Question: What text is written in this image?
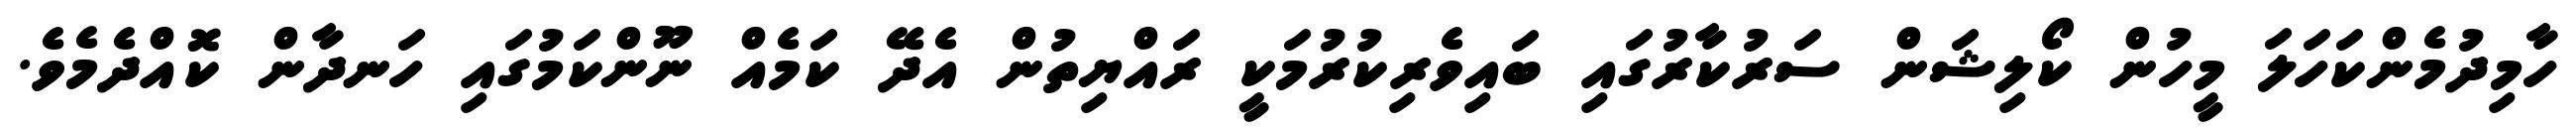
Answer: ހާމިދުމެންކަހަލަ މީހުން ކޯލިޝަން ސަރުކާރުގައި ބައިވެރިކުރުމަކީ ރައްޔިތުން އެދޭ ކަމެއް ނޫންކަމުގައި ހަނދާން ކޮއްދެމެވެ.